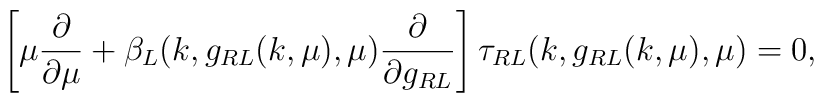
\left[ \mu \frac{\partial}{\partial \mu}+ \beta_L(k,g_{RL}(k,\mu),\mu)\frac{\partial}{\partial g_{RL}}\right]\tau_{RL}(k,g_{RL}(k,\mu),\mu)=0,